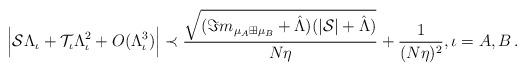
LaTeX: \begin{align*}&\Big|\mathcal{S}\Lambda_\iota+\mathcal{T}_\iota\Lambda_\iota^2+O(\Lambda_\iota^3)\Big|\prec \frac{\sqrt{(\Im m_{\mu_A\boxplus\mu_B}+\hat{\Lambda})(|\mathcal{S}|+\hat{\Lambda})}}{N\eta}+\frac{1}{(N\eta)^2},\iota=A, B\,. \end{align*}